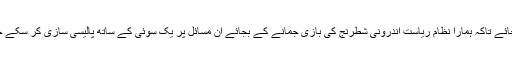
اصل معاملہ یہ ہے کہ اس گنجلک کو سیدھا کیسے کیا جائے تاکہ ہمارا نظام ریاست اندرونی شطرنج کی بازی جمانے کے بجائے ان مسائل پر یک سوئی کے ساتھ پالیسی سازی کر سکے جو ہر طرف سے منہ کھولے ہمیں نگلنے کے قریب ہیں۔